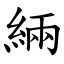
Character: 緉